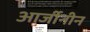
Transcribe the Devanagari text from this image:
आर्जीनीन